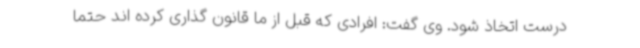
درست اتخاذ شود. وی گفت: افرادی که قبل از ما قانون گذاری کرده اند حتما